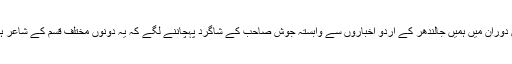
اس دوران میں ہمیں جالندھر کے اردو اخباروں سے وابستہ جوش صاحب کے شاگرد پہچاننے لگے کہ یہ دونوں مختلف قسم کے شاعر ہیں۔